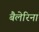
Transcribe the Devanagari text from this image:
बैलेरिना